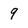
Character: 9